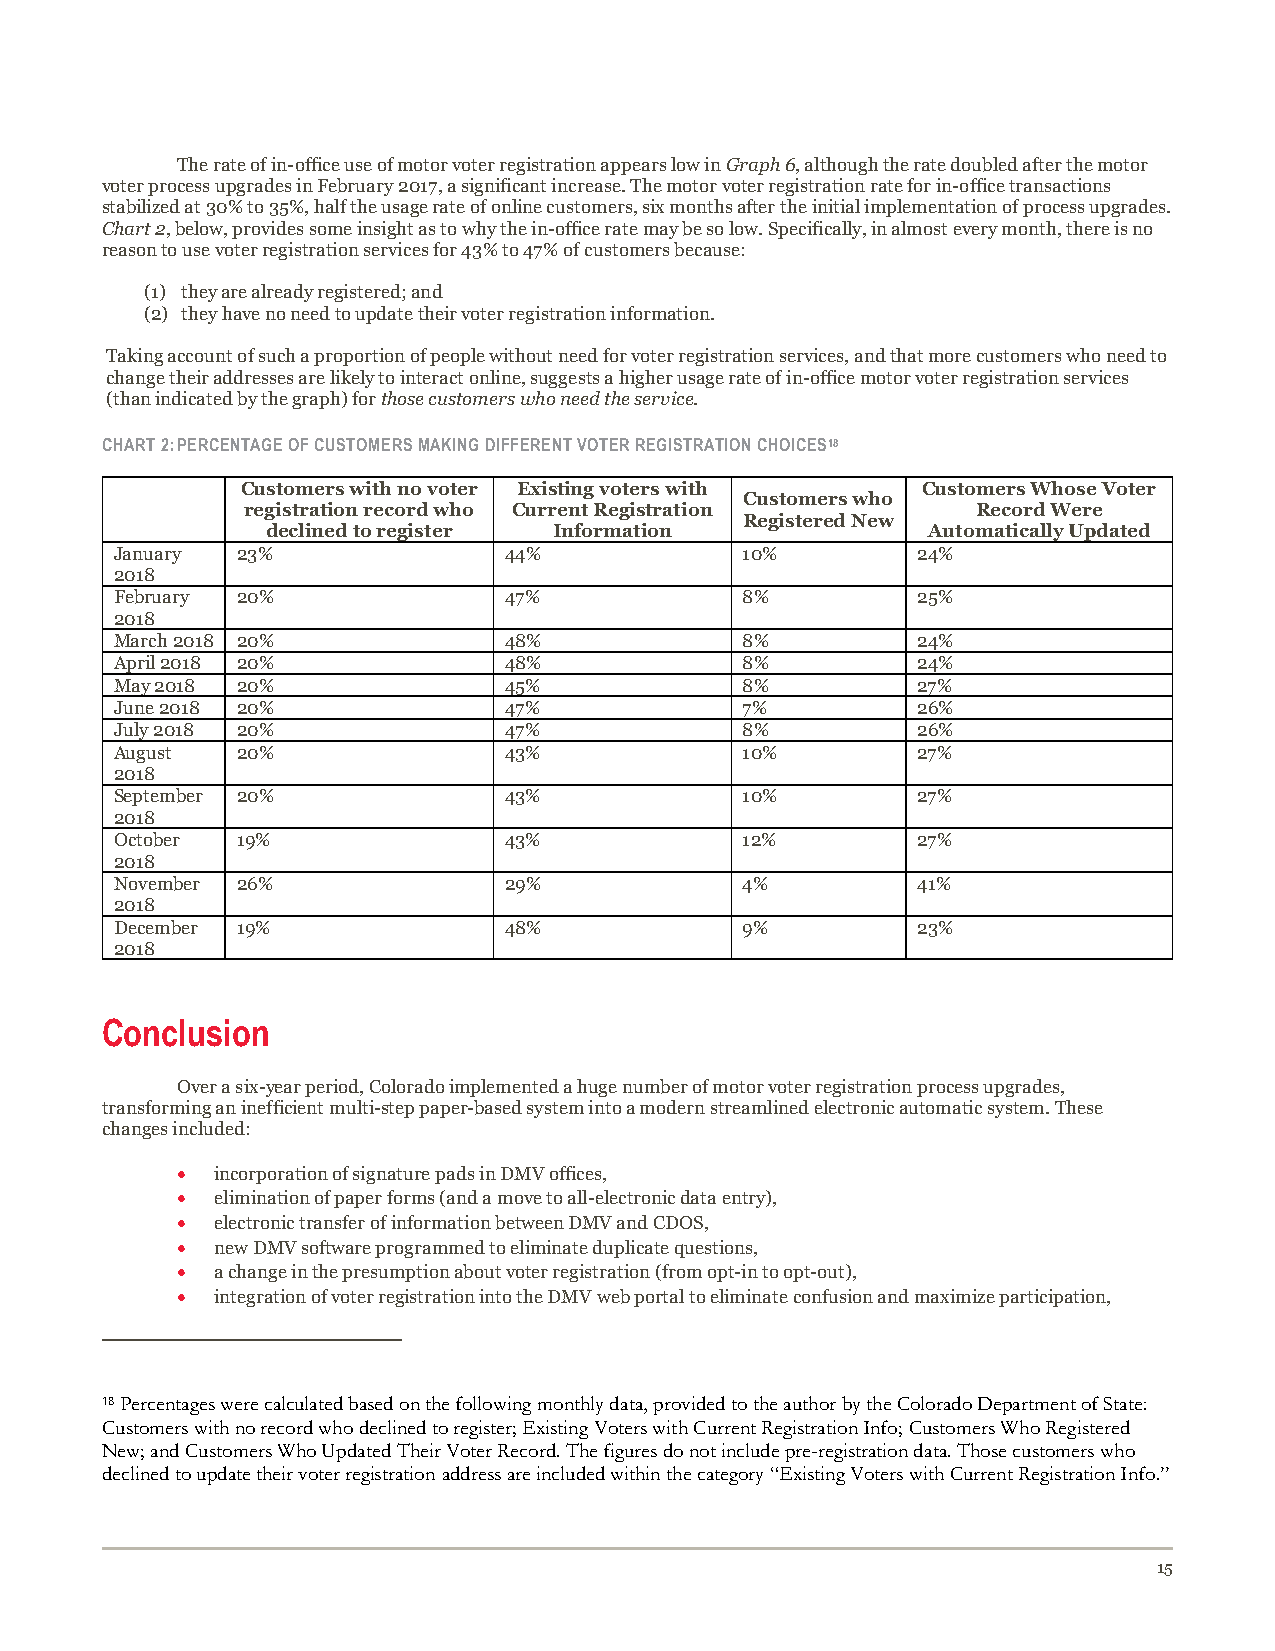
The rate of in-office use of motor voter registration appears low in Graph 6, although the rate doubled after the motor
 voter process upgrades in February 2017, a significant increase. The motor voter registration rate for in-office transactions
 stabilized at 30% to 35%, half the usage rate of online customers, six months after the initial implementation of process upgrades.
 Chart 2, below, provides some insight as to why the in-office rate may be so low. Specifically, in almost every month, there is no
 reason to use voter registration services for 43% to 47% of customers because:
 (1) they are already registered; and
 (2) they have no need to update their voter registration information.
 Taking account of such a proportion of people without need for voter registration services, and that more customers who need to
 change their addresses are likely to interact online, suggests a higher usage rate of in-office motor voter registration services
 (than indicated by the graph) for those customers who need the service.
 CHART 2: PERCENTAGE OF CUSTOMERS MAKING DIFFERENT VOTER REGISTRATION CHOICES18
 Customers with no voter Existing voters with Customers Whose Voter
 Customers who
 registration record who Current Registration     Record Were
 Registered New
 declined to register Information           Automatically Updated
 January 23%              44%             10%         24%
 2018
 February 20%             47%             8%          25%
 2018
 March 2018 20%           48%             8%          24%
 April 2018 20%           48%             8%          24%
 May 2018 20%             45%             8%          27%
 June 2018 20%            47%             7%          26%
 July 2018 20%            47%             8%          26%
 August  20%              43%             10%         27%
 2018
 September 20%            43%             10%         27%
 2018
 October 19%              43%             12%         27%
 2018
 November 26%             29%             4%          41%
 2018
 December 19%             48%             9%          23%
 2018
 Conclusion
 Over a six-year period, Colorado implemented a huge number of motor voter registration process upgrades,
 transforming an inefficient multi-step paper-based system into a modern streamlined electronic automatic system. These
 changes included:
 • incorporation of signature pads in DMV offices,
 • elimination of paper forms (and a move to all-electronic data entry),
 • electronic transfer of information between DMV and CDOS,
 • new DMV software programmed to eliminate duplicate questions,
 • a change in the presumption about voter registration (from opt-in to opt-out),
 • integration of voter registration into the DMV web portal to eliminate confusion and maximize participation,
 18 Percentages were calculated based on the following monthly data, provided to the author by the Colorado Department of State:
 Customers with no record who declined to register; Existing Voters with Current Registration Info; Customers Who Registered
 New; and Customers Who Updated Their Voter Record. The figures do not include pre-registration data. Those customers who
 declined to update their voter registration address are included within the category “Existing Voters with Current Registration Info.”
 15